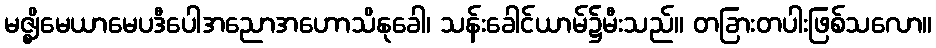
မဇ္ဈိမေယာမေပဒီပေါအညောအဟောသိနုခေါ၊ သန်းခေါင်ယာမ်၌မီးသည်။ တခြားတပါးဖြစ်သလော။